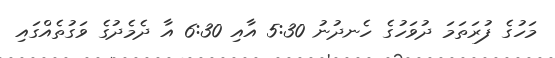
މަހުގެ ފުރަތަމަ ދުވަހުގެ ހެނދުނު 5:30 އާއި 6:30 އާ ދެމެދުގެ ވަގުތެއްގައި